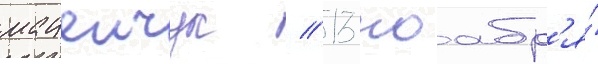
мацеичук // 13 ноабр'я́